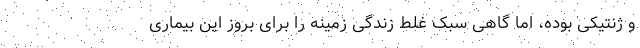
و ژنتیکی بوده، اما گاهی سبک غلط زندگی زمینه را برای بروز این بیماری